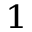
^ 1